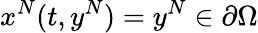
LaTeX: x^{N}(t,y^{N})=y^{N}\in\partial\Omega